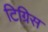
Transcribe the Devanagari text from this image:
टिग्रिस